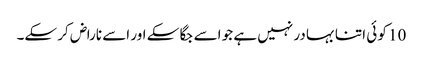
10 کو ئی اتنا بہا در نہیں ہے جو اسے جگا سکے اور اسے ناراض کر سکے۔